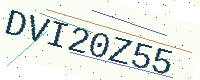
Text: DVI20Z55